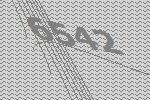
6542